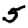
Digit: 5